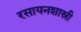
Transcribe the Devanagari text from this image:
रसायनशास्री